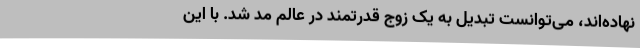
نهاده‌اند، می‌توانست تبدیل به یک زوج قدرتمند در عالم مد شد. با این